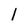
Character: l